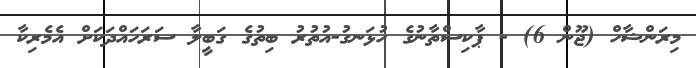
މިރަންޝާހް (ޖޫން 6) - ޕާކިސްތާނުގެ ހުޅަނގު-އުތުރު ބިތުގެ ގަބީލާ ސަރަހައްދަކަށް އެމެރިކާ